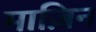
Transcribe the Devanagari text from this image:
माज़िन